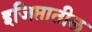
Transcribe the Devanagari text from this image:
इजिप्तातील